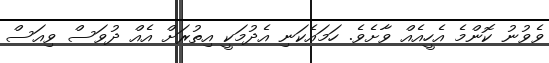
ވެވުނު ކޮންމެ އެހީއެއް ވާށެވެ. ހަމައެކަނި އެދުމަކީ އިތުރަށް އެއް ދުވަސް ވިއަސް